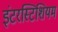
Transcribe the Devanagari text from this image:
इंटरस्टिशियम